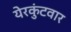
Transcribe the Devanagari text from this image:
येरकुंटवार